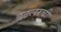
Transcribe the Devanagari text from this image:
बटलरची